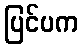
ပြင်ပက